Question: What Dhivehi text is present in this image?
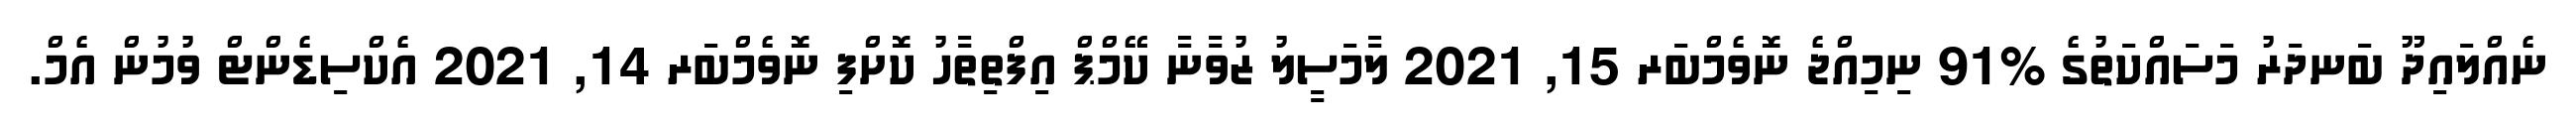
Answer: ނެއްލައިދޫ ބަނދަރު މަސައްކަތުގެ %91 ނިމިއްޖެ ނޮވެމްބަރ 15, 2021 ލާމަސީލު ޒުވާނާ ކޭމްޕް އިފްތިތާހު ކޮށްފި ނޮވެމްބަރ 14, 2021 އެކްސިޑެންޓް ވުމުން އެމް.